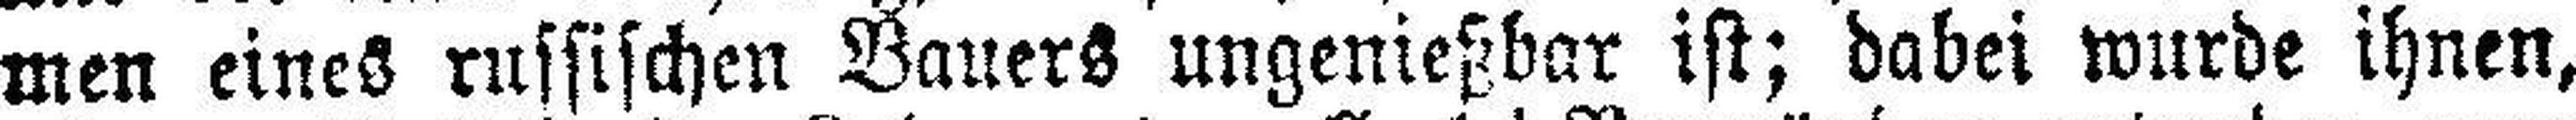
men eines russischen Bauers ungenießbar ist; dabei wurde ihnen,